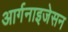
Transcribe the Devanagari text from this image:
आर्गनाइजेसन